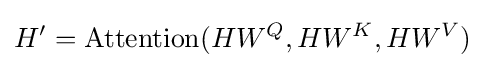
H'=\mathrm {Attention} (HW^{Q},HW^{K},HW^{V})